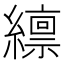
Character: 𫄊